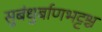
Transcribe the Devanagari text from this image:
सुबंधुर्बाणभट्टश्च